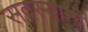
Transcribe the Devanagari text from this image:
सदस्यानी